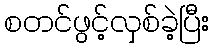
စတင်ဖွင့်လှစ်ခဲ့ပြီး